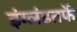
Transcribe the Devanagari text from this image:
इंग्लंडतर्फे